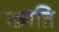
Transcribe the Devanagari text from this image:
ख्यति